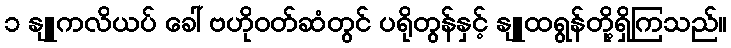
၁ နျူကလိယပ် ခေါ် ဗဟိုဝတ်ဆံတွင် ပရိုတွန်နှင့် နျူထရွန်တို့ရှိကြသည်။